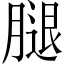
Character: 腿